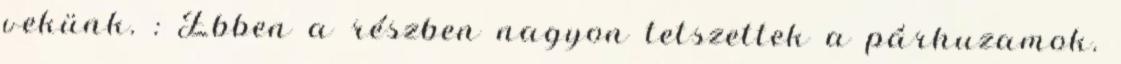
vekünk. : Ebben a részben nagyon tetszettek a párhuzamok.